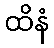
ထိနံ